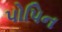
પોપિન